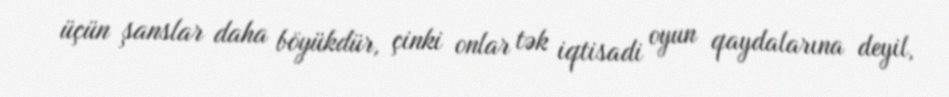
üçün şanslar daha böyükdür, çinki onlar tək iqtisadi oyun qaydalarına deyil,